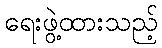
ရေးဖွဲ့ထားသည့်